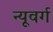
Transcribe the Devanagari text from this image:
न्यूवर्ग